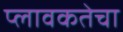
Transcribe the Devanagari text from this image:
प्लावकतेचा